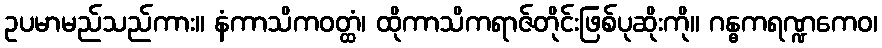
ဥပမာမည်သည်ကား။ နံကာသိကဝတ္ထံ၊ ထိုကာသိကရာဇ်တိုင်းဖြစ်ပုဆိုးကို။ ဂန္ဓကရဏ္ဍကေဝ၊